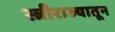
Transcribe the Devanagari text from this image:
स्त्रीराज्यातून